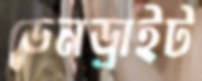
ডেনড্রাইট